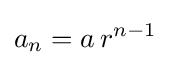
a_{n}=a\,r^{n-1}